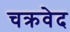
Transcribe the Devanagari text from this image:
चक्रवेद